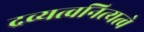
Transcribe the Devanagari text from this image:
द्रव्यत्वनित्यत्वे